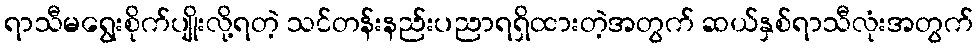
ရာသီမရွေးစိုက်ပျိုးလို့ရတဲ့ သင်တန်းနည်းပညာရရှိထားတဲ့အတွက် ဆယ်နှစ်ရာသီလုံးအတွက်